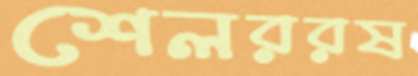
শেলররষ